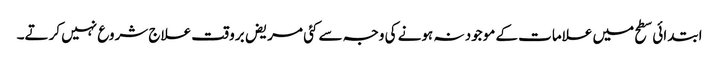
ابتدائی سطح میں علامات کے موجود نہ ہونے کی وجہ سے کئی مریض برو قت علاج شروع نہیں کرتے۔